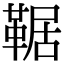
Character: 𩋜